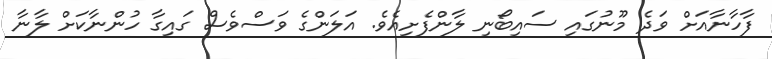
ފާހާނާއަށް ވަދެ މޫނުގައި ސައިބޯނި ލާންފެށިއެވެ. އަލަންގެ ވަސްވެސް ގައިގާ ހުންނާކަށް ލާނާ